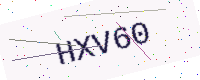
Text: HXV60